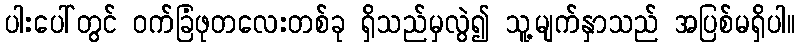
ပါးပေါ်တွင် ဝက်ခြံဖုတလေးတစ်ခု ရှိသည်မှလွဲ၍ သူ့မျက်နှာသည် အပြစ်မရှိပါ။